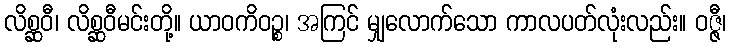
လိစ္ဆဝီ၊ လိစ္ဆဝီမင်းတို့။ ယာဝကိဝဉ္စ၊ အကြင် မျှလောက်သော ကာလပတ်လုံးလည်း။ ဝဇ္ဇီ၊